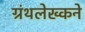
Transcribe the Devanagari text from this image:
ग्रंथलेख्कने